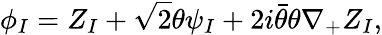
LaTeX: \phi_{I}=Z_{I}+{\sqrt 2}\theta\psi_{I}+2i\bar{\theta}\theta\nabla_{+}Z_{I},